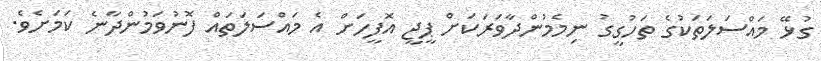
ގުޅޭ މައްސަލަތަކުގެ ތަހުގީގު ނިމެމުންދާވަރަކަށް ޕީޖީ އޮފީހަށް އެ މައްސަލަތައް ފޮނުވަމުންދާނެ ކަމަށެވެ.